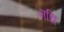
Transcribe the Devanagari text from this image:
मधि